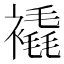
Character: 𲁄